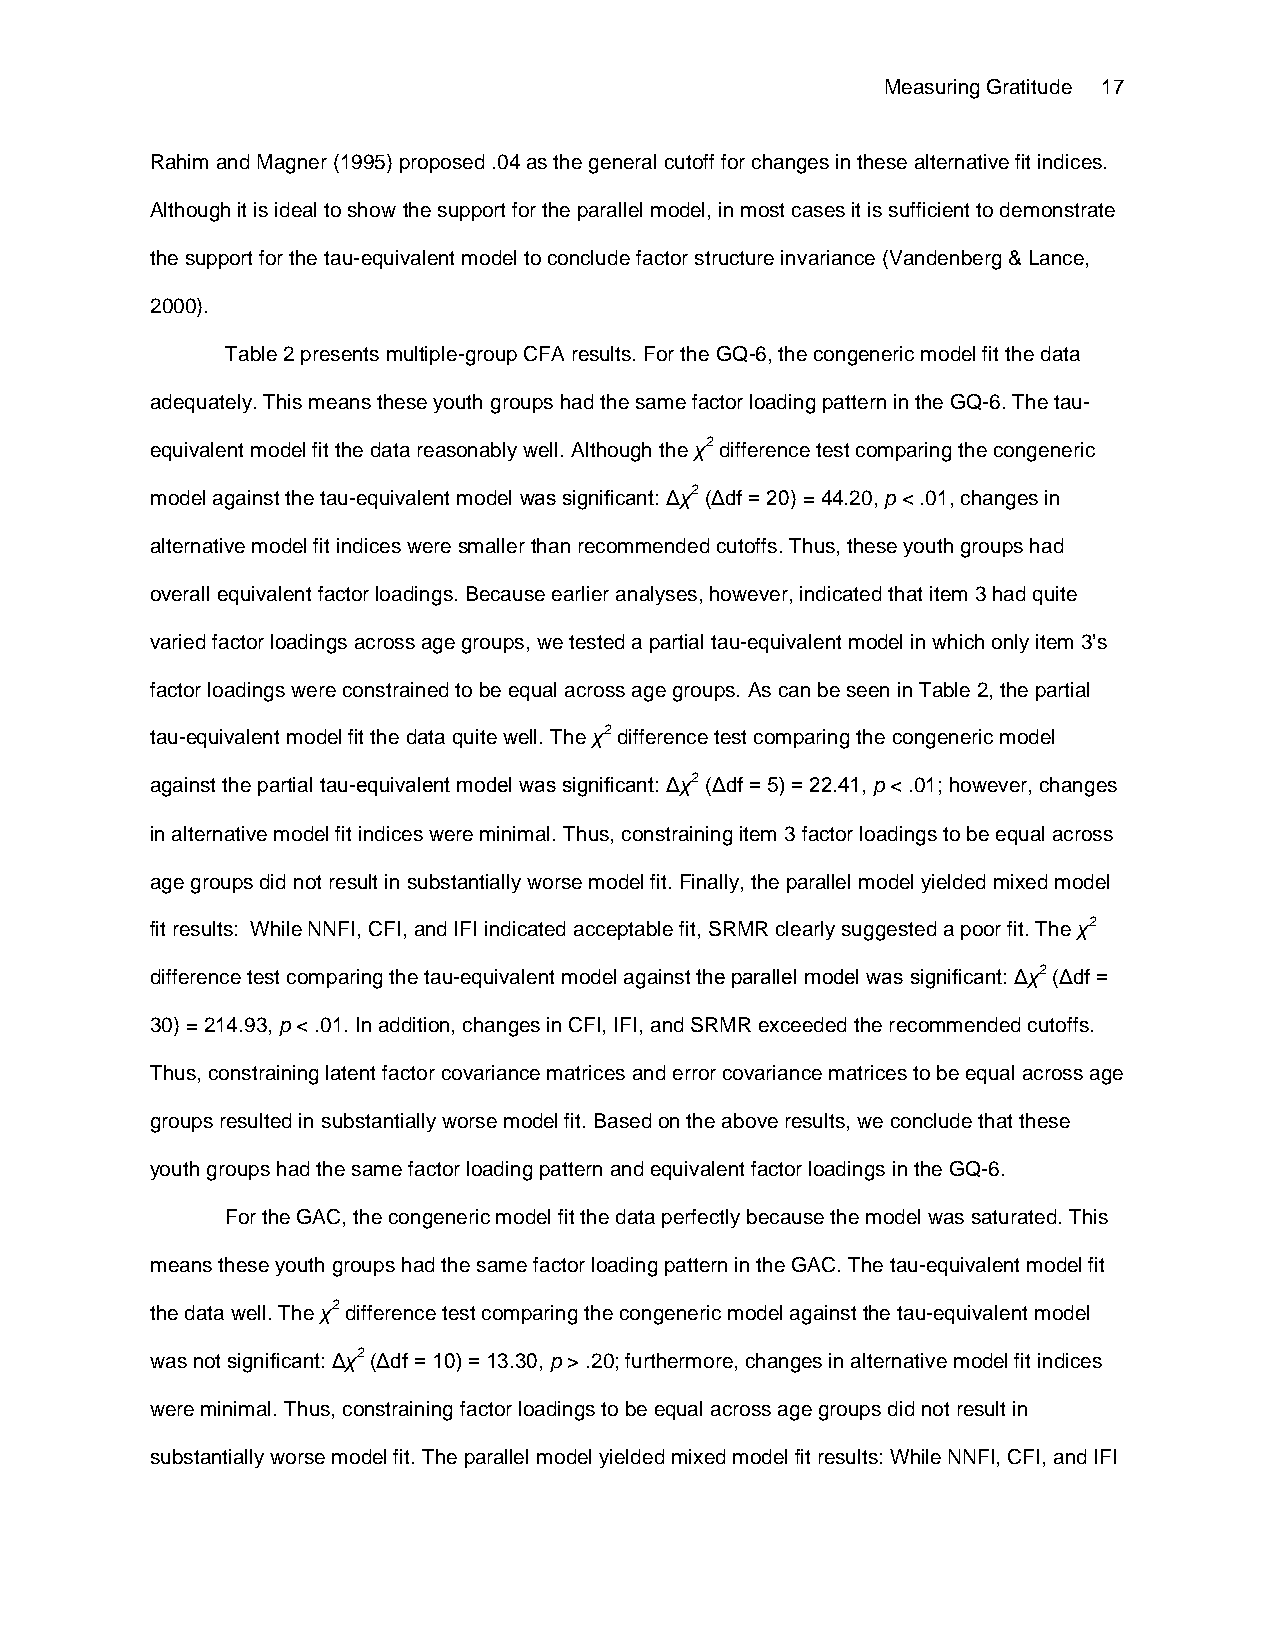
Measuring Gratitude 17
 Rahim and Magner (1995) proposed .04 as the general cutoff for changes in these alternative fit indices.
 Although it is ideal to show the support for the parallel model, in most cases it is sufficient to demonstrate
 the support for the tau-equivalent model to conclude factor structure invariance (Vandenberg & Lance,
 2000).
 Table 2 presents multiple-group CFA results. For the GQ-6, the congeneric model fit the data
 adequately. This means these youth groups had the same factor loading pattern in the GQ-6. The tau-
 equivalent model fit the data reasonably well. Although the χ2 difference test comparing the congeneric
 model against the tau-equivalent model was significant: Δχ2 (Δdf = 20) = 44.20, p < .01, changes in
 alternative model fit indices were smaller than recommended cutoffs. Thus, these youth groups had
 overall equivalent factor loadings. Because earlier analyses, however, indicated that item 3 had quite
 varied factor loadings across age groups, we tested a partial tau-equivalent model in which only item 3’s
 factor loadings were constrained to be equal across age groups. As can be seen in Table 2, the partial
 tau-equivalent model fit the data quite well. The χ2 difference test comparing the congeneric model
 against the partial tau-equivalent model was significant: Δχ2 (Δdf = 5) = 22.41, p < .01; however, changes
 in alternative model fit indices were minimal. Thus, constraining item 3 factor loadings to be equal across
 age groups did not result in substantially worse model fit. Finally, the parallel model yielded mixed model
 fit results: While NNFI, CFI, and IFI indicated acceptable fit, SRMR clearly suggested a poor fit. The χ2
 difference test comparing the tau-equivalent model against the parallel model was significant: Δχ2 (Δdf =
 30) = 214.93, p < .01. In addition, changes in CFI, IFI, and SRMR exceeded the recommended cutoffs.
 Thus, constraining latent factor covariance matrices and error covariance matrices to be equal across age
 groups resulted in substantially worse model fit. Based on the above results, we conclude that these
 youth groups had the same factor loading pattern and equivalent factor loadings in the GQ-6.
 For the GAC, the congeneric model fit the data perfectly because the model was saturated. This
 means these youth groups had the same factor loading pattern in the GAC. The tau-equivalent model fit
 the data well. The χ2 difference test comparing the congeneric model against the tau-equivalent model
 was not significant: Δχ2 (Δdf = 10) = 13.30, p > .20; furthermore, changes in alternative model fit indices
 were minimal. Thus, constraining factor loadings to be equal across age groups did not result in
 substantially worse model fit. The parallel model yielded mixed model fit results: While NNFI, CFI, and IFI